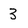
Character: 3